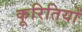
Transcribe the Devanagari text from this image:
कूरितियों